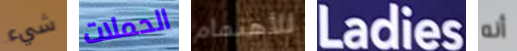
شيء الحملات للأهتمام Ladies أنه